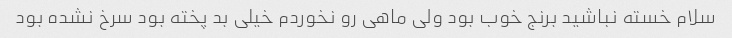
سلام خسته نباشید برنج خوب بود ولی ماهی رو نخوردم خیلی بد پخته بود سرخ نشده بود